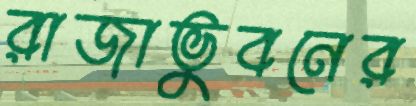
রাজাভুবনের